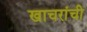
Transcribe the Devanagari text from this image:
खाचरांची